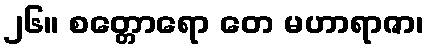
၂၆။ စတ္တောရော တေ မဟာရာဇာ၊